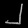
Digit: ၂